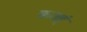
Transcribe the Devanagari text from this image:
कतहूं